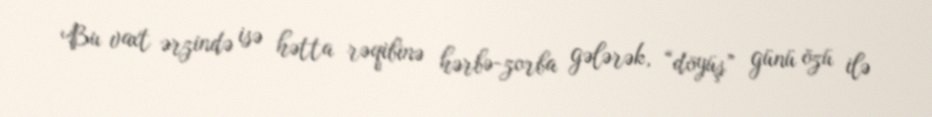
Bu vaxt ərzində isə hətta rəqibinə hərbə-zorba gələrək, “döyüş” günü özü ilə